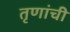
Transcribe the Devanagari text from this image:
तृणांची